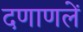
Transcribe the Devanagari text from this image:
दणाणलें